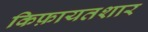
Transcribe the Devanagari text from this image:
किफ़ायतशार